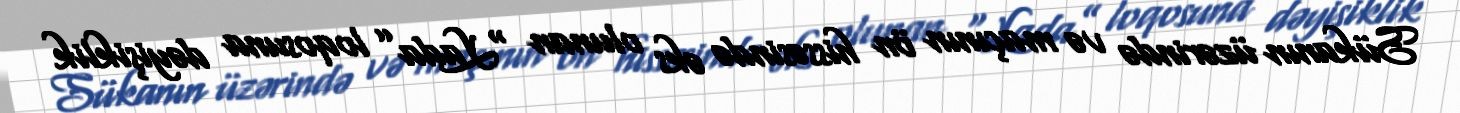
Sükanın üzərində və maçının ön hissəsində əks olunan “Lada” loqosuna dəyişiklik